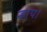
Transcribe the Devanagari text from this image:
न्हाय।